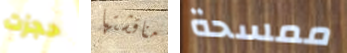
حجزت مناقشتها ممسحة